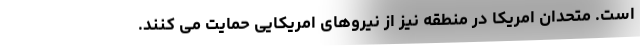
است. متحدان امریکا در منطقه نیز از نیروهای امریکایی حمایت می کنند.